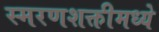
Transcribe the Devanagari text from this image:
स्मरणशक्तीमध्ये